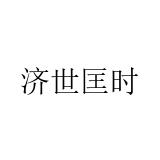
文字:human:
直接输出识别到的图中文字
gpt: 济世匡时